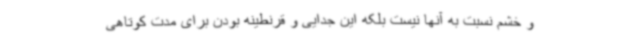
و خشم نسبت به آنها نیست بلکه این جدایی و قرنطینه بودن برای مدت کوتاهی